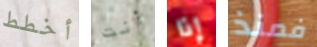
أخطط أنت إذا فمنذ